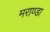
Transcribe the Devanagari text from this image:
मराण्डा